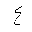
Letter: _ayn